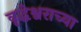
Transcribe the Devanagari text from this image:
वृद्धेश्वराच्या